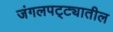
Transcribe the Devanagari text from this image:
जंगलपट्ट्यातील